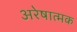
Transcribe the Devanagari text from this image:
अरेषात्मक